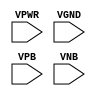
module sky130_fd_sc_ls__tapvpwrvgnd (
    VPWR,
    VGND,
    VPB ,
    VNB
);

    // Module ports
    input VPWR;
    input VGND;
    input VPB ;
    input VNB ;
     // No contents.
endmodule